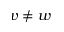
v \neq w